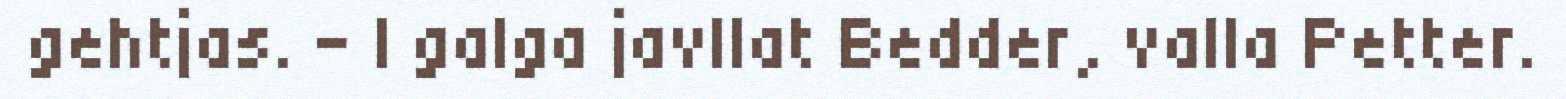
gehtjas. – I galga javllat Bedder, valla Petter.